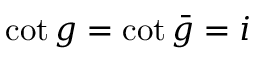
\cot g = \cot \bar { g } = i